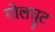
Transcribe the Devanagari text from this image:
गोलघुट